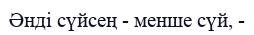
Әнді сүйсең - менше сүй, -